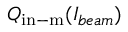
Q _ { \mathrm { i n - m } } ( I _ { b e a m } )